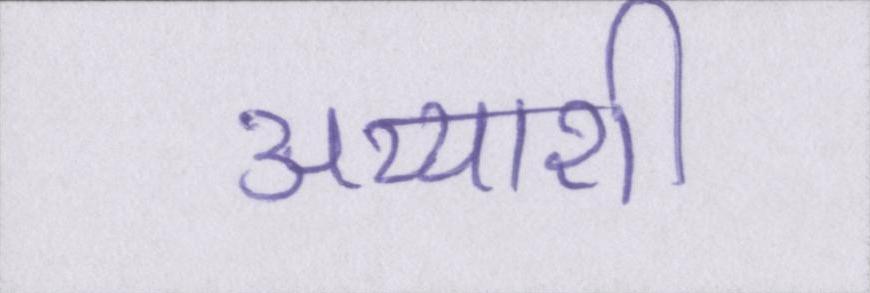
अय्याशी